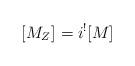
LaTeX: \begin{align*} [M_Z]^{} = i^{!} [M]^{} \end{align*}